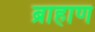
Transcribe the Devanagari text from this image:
ब्राहाण